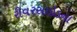
રીવરસાઇડના